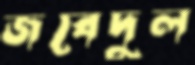
জবেদুল